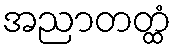
အညာတတ္ထံ